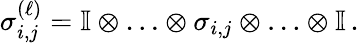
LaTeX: \sigma_{i,j}^{\left(\ell\right)}=\mathbb{I}\otimes\ldots\otimes\sigma_{i,j}\otimes\ldots\otimes\mathbb{I}\, .